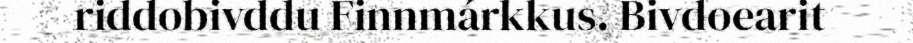
riddobivddu Finnmárkkus. Bivdoearit